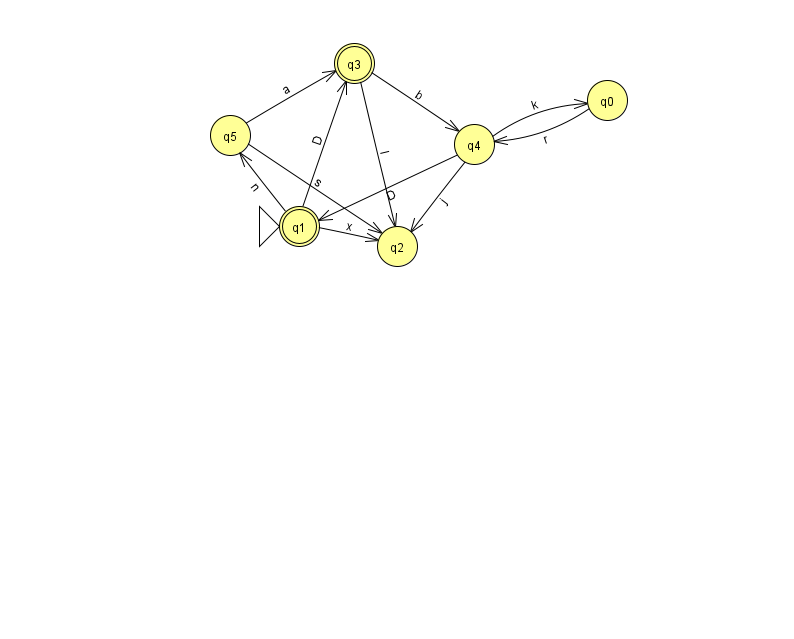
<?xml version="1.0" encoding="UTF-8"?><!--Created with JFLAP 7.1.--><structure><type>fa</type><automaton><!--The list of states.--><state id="0" name="q0"><x>607.0</x><y>87.0</y></state><state id="1" name="q1"><x>299.0</x><y>213.0</y><initial/><final/></state><state id="2" name="q2"><x>397.0</x><y>233.0</y></state><state id="3" name="q3"><x>354.0</x><y>50.0</y><final/></state><state id="4" name="q4"><x>474.0</x><y>131.0</y></state><state id="5" name="q5"><x>230.0</x><y>122.0</y></state><!--The list of transitions.--><transition><from>1</from><to>2</to><read>x</read></transition><transition><from>4</from><to>1</to><read>D</read></transition><transition><from>0</from><to>4</to><read>r</read></transition><transition><from>3</from><to>2</to><read>l</read></transition><transition><from>1</from><to>3</to><read>D</read></transition><transition><from>3</from><to>4</to><read>b</read></transition><transition><from>4</from><to>2</to><read>j</read></transition><transition><from>5</from><to>3</to><read>a</read></transition><transition><from>1</from><to>5</to><read>n</read></transition><transition><from>4</from><to>0</to><read>k</read></transition><transition><from>5</from><to>2</to><read>s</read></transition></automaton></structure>